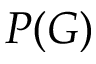
P ( G )